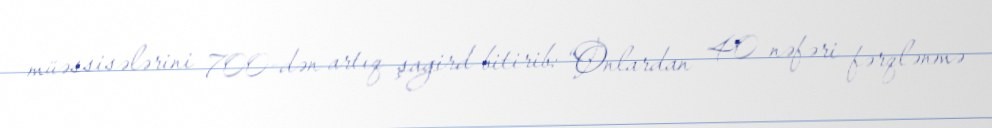
müəssisələrini 700-dən artıq şagird bitirib: “Onlardan 40 nəfəri fərqlənmə